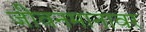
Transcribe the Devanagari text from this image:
जीवनमानावर